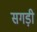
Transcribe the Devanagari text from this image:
सगड़ी